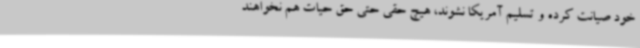
خود صیانت کرده و تسلیم آمریکا نشوند، هیچ حقی حتی حق حیات هم نخواهند